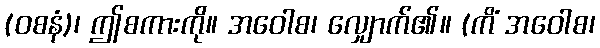
(ဝစနံ)၊ ဤစကားကို။ အဝေါစ၊ လျှောက်၏။ (ကိံ အဝေါစ၊